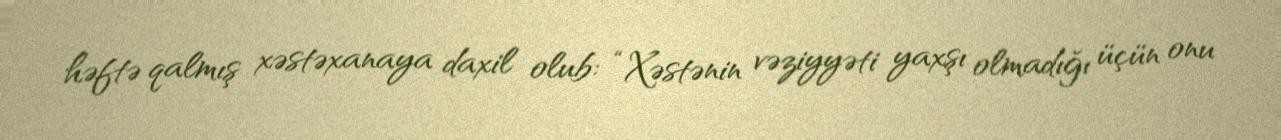
həftə qalmış xəstəxanaya daxil olub: “Xəstənin vəziyyəti yaxşı olmadığı üçün onu